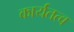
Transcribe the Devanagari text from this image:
कार्यतत्व